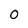
Character: O